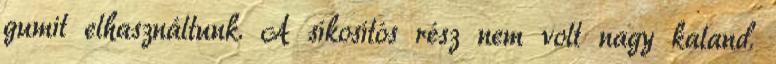
gumit elhasználtunk. A síkosítós rész nem volt nagy kaland.